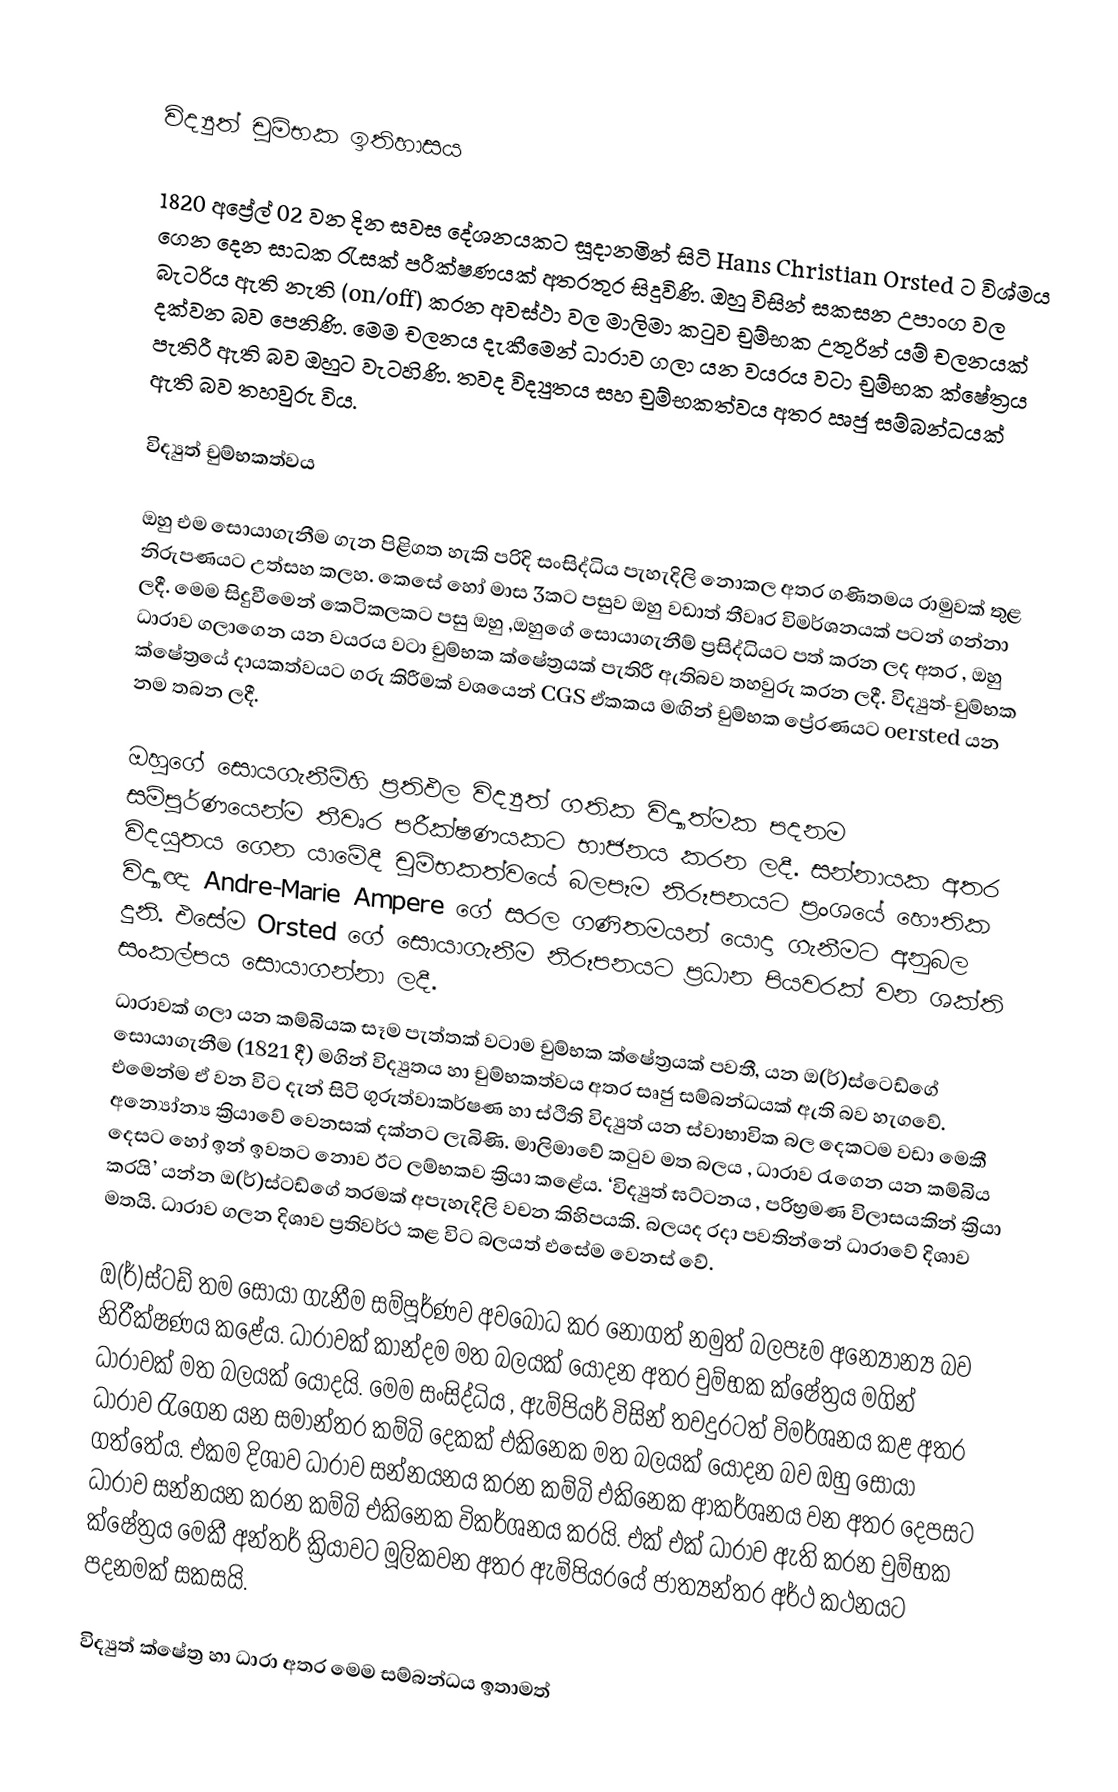

විද්‍යුත් චුම්භක ඉතිහාසය

1820 අප්‍රේල් 02 වන දින සවස දේශනයකට සූදානමින් සිටි Hans Christian Orsted ට විශ්මය ගෙන දෙන සාධක රැසක් පරීක්ෂණයක් අතරතුර සිදුවිණි. ඔහු විසින් සකසන උපාංග වල බැටරිය ඇති නැති (on/off) කරන අවස්ථා වල මාලිමා කටුව චුම්භක උතුරින් යම් චලනයක් දක්වන බව පෙනිණි. මෙම චලනය දැකීමෙන් ධාරාව ගලා යන වයරය වටා චුම්භක ක්ෂේත්‍රය පැතිරී ඇති බව ඔහුට වැටහිණි. තවද විද්‍යුතය සහ චුම්භකත්වය අතර ඍජු සම්බන්ධයක් ඇති බව තහවුරු විය.

විද්‍යුත් චුම්භකත්වය

ඔහු එම සොයාගැනීම ගැන පිළිගත හැකි පරිදි සංසිද්ධිය පැහැදිලි නොකල අතර ගණිතමය රාමුවක් තුළ නිරුපණයට උත්සහ කලහ. කෙසේ හෝ මාස 3කට පසුව ඔහු වඩාත් තීවෘර විමර්ශනයක් පටන් ගන්නා ලදී. මෙම සිදුවීමෙන් කෙටිකලකට පසු ඔහු ,ඔහුගේ සොයාගැනීම් ප්‍රසිද්ධියට පත් කරන ලද අතර , ඔහු ධාරාව ගලාගෙන යන වයරය වටා චුම්භක ක්ෂේත්‍රයක් පැතිරී ඇතිබව තහවුරු කරන ලදී. විද්‍යුත්-චුම්භක ක්ෂේත්‍රයේ දායකත්වයට ගරු කිරීමක් වශයෙන් CGS ඒකකය මඟින් චුම්භක ප්‍රේරණයට oersted යන නම තබන ලදී.

ඔහුගේ සොයගැනීම්හි ප්‍රතිඵල විද්‍යුත් ගතික විද්‍යාත්මක පදනම සම්පූර්ණයෙන්ම තීවෘර පරීක්ෂණයකට භාජනය කරන ලදී. සන්නායක අතර විදයුතය ගෙන යාමේදී චුම්භකත්වයේ බලපෑම නිරූපනයට ප්‍රංශයේ හෞතික විද්‍යාඥ Andre-Marie Ampere ගේ සරල ගණිතමයන් යොදා ගැනීමට අනුබල දුනි. එසේම Orsted ගේ සොයාගැනීම නිරූපනයට ප්‍රධාන පියවරක් වන ශක්ති සංකල්පය සොයාගන්නා ලදී.
ධාරාවක් ගලා යන කම්බියක සෑම පැත්තක් වටාම චුම්භක ‍ක්ෂේත්‍රයක් පවතී, යන ඔ(ර්)ස්ටෙඩ්ගේ සොයාගැනීම (1821 දී) මගින් විද්‍යුතය හා චුම්භකත්වය අතර සෘජු සම්බන්ධයක් ඇති බව හැගවේ. එමෙන්ම ඒ වන විට දැන් සිටි ගුරුත්වාකර්ෂණ හා ස්ථිති විද්‍යුත් යන ස්වාභාවික බල දෙකටම වඩා මෙකී අන්‍යෝන්‍ය ක්‍රියාවේ වෙනසක් දක්නට ලැබිණි. මාලිමාවේ කටුව  මත බලය , ධාරාව රැගෙන යන කම්බිය දෙසට හෝ ඉන් ඉවතට නොව ඊට ලම්භකව ක්‍රියා කළේය. ‘විද්‍යුත් ඝට්ටනය , පරිභ්‍රමණ විලාසයකින් ක්‍රියා කරයි’ යන්න ඔ(ර්)ස්ටඩ්ගේ තරමක් අපැහැදිලි  වචන කිහිපයකි. බලයද රදා පවතින්නේ ධාරාවේ දිශාව මතයි. ධාරාව ගලන දිශාව ප්‍රතිවර්ථ කළ විට බලයත් එසේම වෙනස් වේ.

ඔ(ර්)ස්ටඩ් තම සොයා ගැනීම සම්පූර්ණව අවබෝධ කර නොගත් නමුත් බලපෑම අන්‍යෝන්‍ය බව නිරීක්ෂණය කළේය. ධාරාවක් කාන්දම මත බලයක් යොදන අතර චුම්භක ක්ෂේත්‍රය මගින් ධාරාවක් මත බලයක් යොදයි. මෙම සංසිද්ධිය , ඇම්පියර් විසින් තවදුරටත් විමර්ශනය කළ අතර ධාරාව රැගෙන යන සමාන්තර කම්බි දෙකක් එකිනෙක මත බලයක් යොදන බව ඔහු සොයා ගත්තේය. එකම දිශාව ධාරාව සන්නයනය කරන කම්බි එකිනෙක ආකර්ශනය වන අතර දෙපසට ධාරාව සන්නයන කරන කම්බි එකිනෙක විකර්ශනය කරයි. එක් එක් ධාරාව ඇති කරන චුම්භක ක්ෂේත්‍රය මෙකී අන්තර් ක්‍රියාවට මූලිකවන අතර ඇම්පියරයේ ජාත්‍යන්තර අර්ථ කථනයට පදනමක් සකසයි.

විද්‍යුත් ක්ෂේත්‍ර හා ධාරා අතර මෙම සම්බන්ධය ඉතාමත්